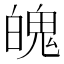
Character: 魄